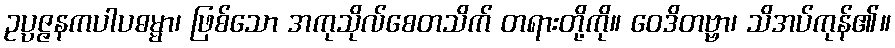
ဥပ္ပဇ္ဇနကပါပဓမ္မာ၊ ဖြစ်သော အကုသိုလ်စေတသိက် တရားတို့ကို။ ဝေဒိတဗ္ဗာ၊ သိအပ်ကုန်၏။